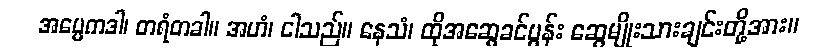
အပ္ပေကဒါ၊ တရံတခါ။ အဟံ၊ ငါသည်။ နေသံ၊ ထိုအဆွေခင်ပွန်း ဆွေမျိုးသားချင်းတို့အား။